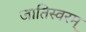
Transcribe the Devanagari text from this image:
जातिस्वरम्